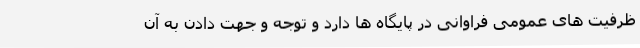
ظرفیت های عمومی فراوانی در پایگاه ها دارد و توجه و جهت دادن به آن